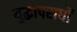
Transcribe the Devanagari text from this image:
युद्धापराधों